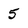
Character: 5